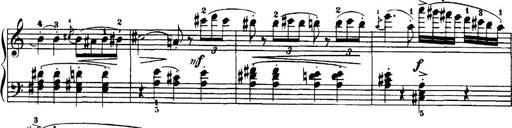
Title: 7 Sonatinas
Composer: Anton Diabelli